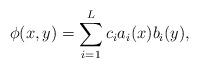
LaTeX: \begin{align*}\phi(x,y)=\sum_{i=1}^L c_i a_i(x)b_i(y),\end{align*}